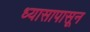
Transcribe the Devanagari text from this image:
ध्यासापासून